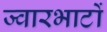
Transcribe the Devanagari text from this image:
ज्वारभाटों